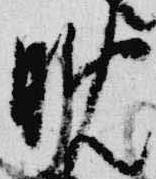
晩